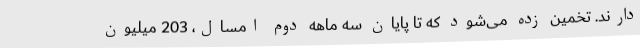
دارند. تخمین زده می‌شود که تا پایان سه ماهه دوم امسال، 203 میلیون